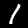
Label: 1